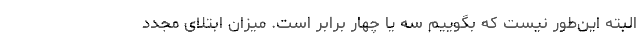
البته این‌طور نیست که بگوییم سه یا چهار برابر است. میزان ابتلای مجدد